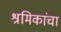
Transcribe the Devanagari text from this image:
श्रमिकांचा